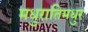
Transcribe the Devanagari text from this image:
मधुरातिमधुर